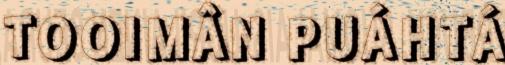
TOOIMÂN PUÁHTÁ